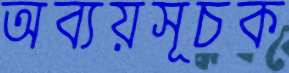
অব্যয়সূচক